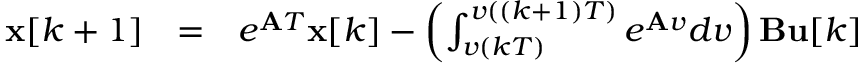
\begin{array} { l l l } { \mathbf { x } [ k + 1 ] } & { = } & { e ^ { \mathbf { A } T } \mathbf { x } [ k ] - \left( \int _ { v ( k T ) } ^ { v ( ( k + 1 ) T ) } e ^ { \mathbf { A } v } d v \right) \mathbf { B } \mathbf { u } [ k ] } \end{array}